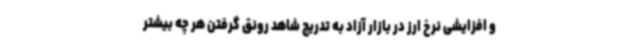
و افزایشی نرخ ارز در بازار آزاد به تدریج شاهد رونق گرفتن هر چه بیشتر